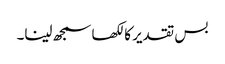
بس تقدیر کا لکھا سمجھ لینا۔